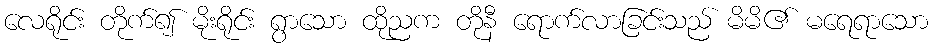
လေရိုင်း တိုက်၍ မိုးရိုင်း ရွာသော ထိုညက တိုနီ ရောက်လာခြင်းသည် မိမိ၏ မရေရာသော